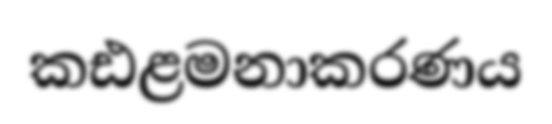
කඪළමනාකරණය